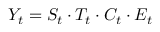
Y _ { t } = S _ { t } \cdot T _ { t } \cdot C _ { t } \cdot E _ { t }